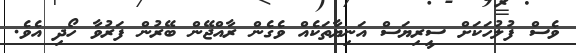
ވެސް ފުލުހަކަށް ސީރިޔަސް އަނިޔާތަކެއް ވެގެން ރާއްޖޭން ބޭރުން ފަރުވާ ހޯދި އެވެ.